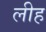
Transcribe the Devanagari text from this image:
लीह